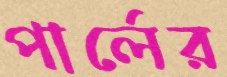
পার্লের